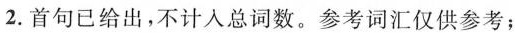
2.首句已给出，不计入总词数。参考词汇仅供参考；